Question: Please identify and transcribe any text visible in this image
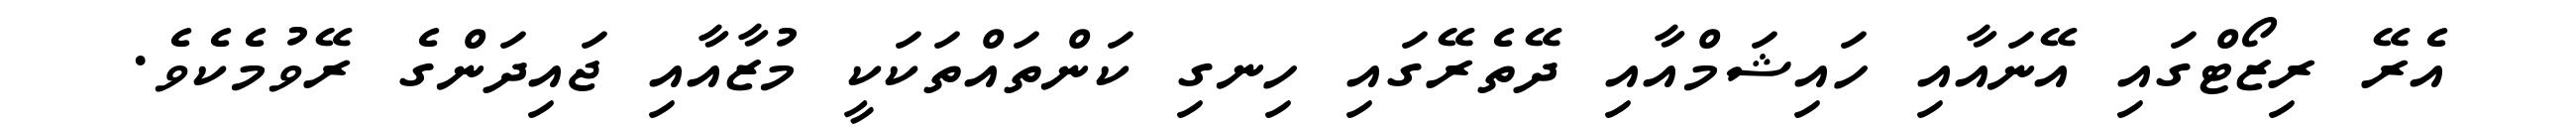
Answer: އެރޭ ރިޒޯޓްގައި އޭނައާއި ހައިޝަމްއާއި ދޭތެރޭގައި ހިނގި ކަންތައްތަކަކީ މުޒާއާއި ޖައިދަންގެ ރޭވުމެކެވެ.